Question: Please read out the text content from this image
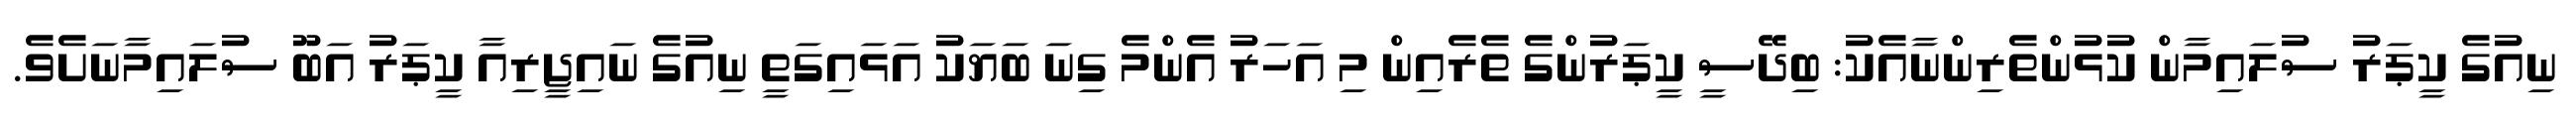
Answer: ނިއުގެ ކީޕަރު ސުލައިމާން ކުޅުންތެރިންނާއެކު: ބިދޭސީ ކީޕަރުންގެ ތެރެއިން މި އަހަރު އެންމެ ގިނަ ބަޔަކު އަޅައިގަތީ ނިއުގެ ނައިޖީރިއާ ކީޕަރު އަބޫ ސުލައިމާނަށެވެ.